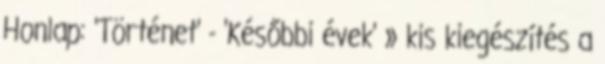
Honlap: 'Történet' - 'Későbbi évek' » kis kiegészítés a